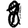
Digit: 8